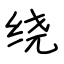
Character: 绕